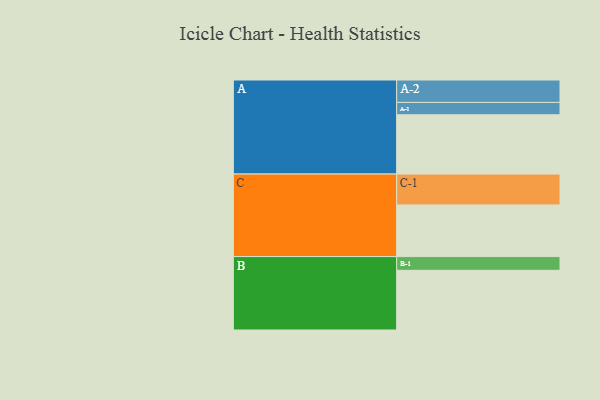
{"axis": {"x": "Segment", "y": "Value"}, "legend": ["", "A", "B", "C"], "data": [{"x": "A", "y": 566, "type": ""}, {"x": "B", "y": 570, "type": ""}, {"x": "C", "y": 493, "type": ""}, {"x": "A-1", "y": 118, "type": "A"}, {"x": "A-2", "y": 214, "type": "A"}, {"x": "B-1", "y": 131, "type": "B"}, {"x": "C-1", "y": 295, "type": "C"}]}